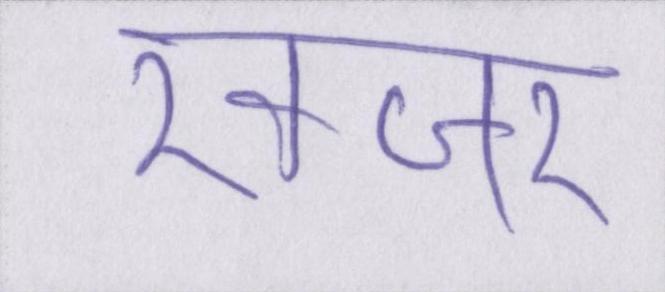
खंजर